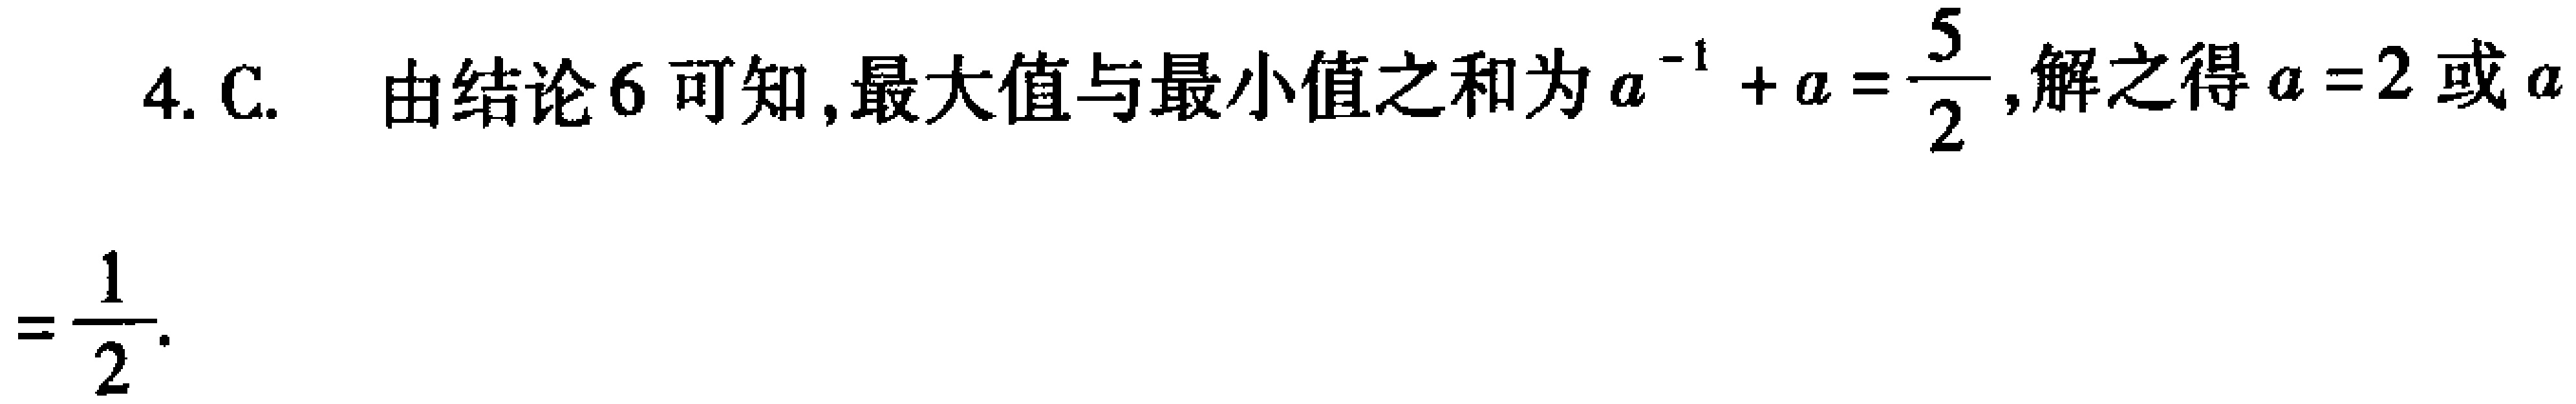
4. C. 由结论6可知,最大值与最小值之和为\(a^{-1}+a = \frac{5}{2}\),解之得\(a = 2\)或\(a=\frac{1}{2}\).